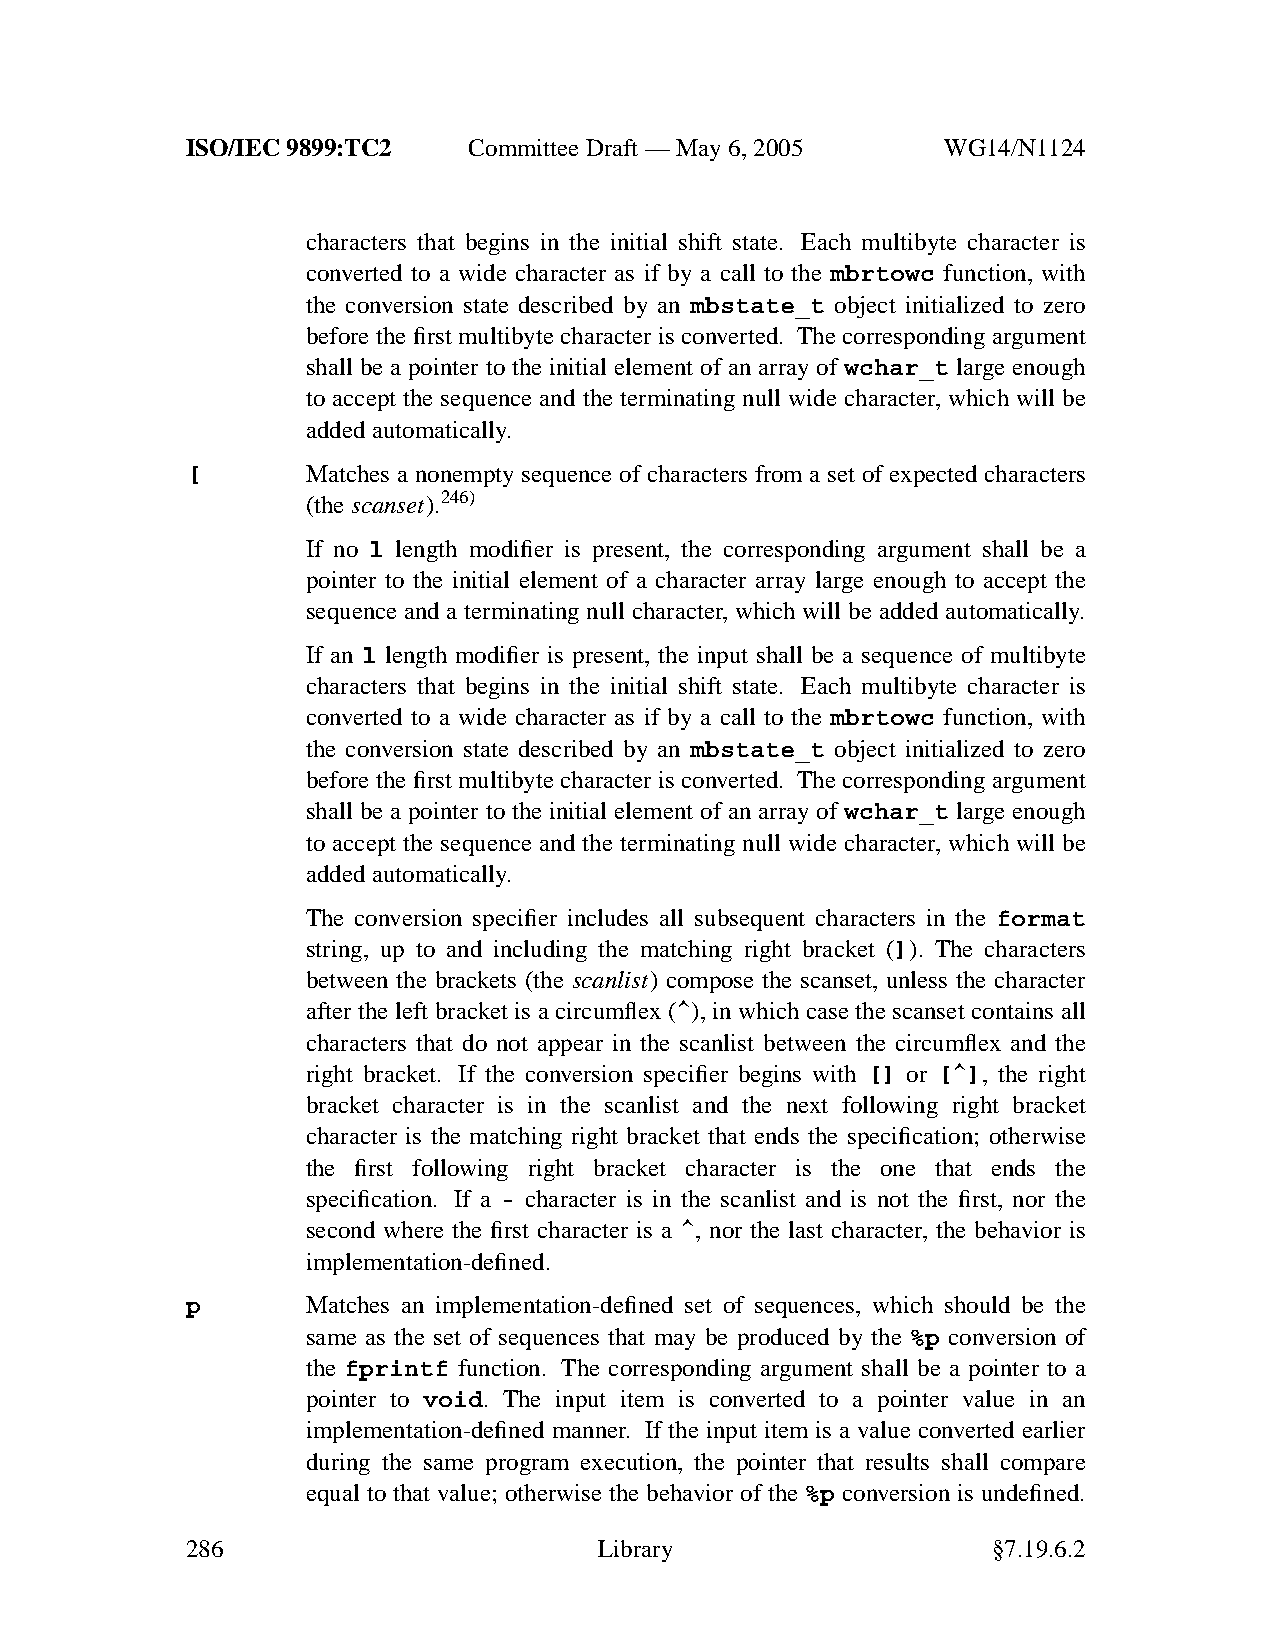
ISO/IEC 9899:TC2   Committee Draft — May 6, 2005   WG14/N1124
 characters that begins in the initial shift state. Each multibyte character is
 converted to a wide character as if by a call to the mbrtowc function, with
 the conversion state described by an mbstate_t object initialized to zero
 before the first multibyte character is converted. The corresponding argument
 shall be a pointer to the initial element of an array of wchar_t large enough
 to accept the sequence and the terminating null wide character, which will be
 added automatically.
 [       Matches a nonempty sequence of characters from a set of expected characters
 (thescanset).246)
 If no l length modifier is present, the corresponding argument shall be a
 pointer to the initial element of a character array large enough to accept the
 sequence and a terminating null character, which will be added automatically.
 If an l length modifier is present, the input shall be a sequence of multibyte
 characters that begins in the initial shift state. Each multibyte character is
 converted to a wide character as if by a call to the mbrtowc function, with
 the conversion state described by an mbstate_t object initialized to zero
 before the first multibyte character is converted. The corresponding argument
 shall be a pointer to the initial element of an array of wchar_t large enough
 to accept the sequence and the terminating null wide character, which will be
 added automatically.
 The conversion specifier includes all subsequent characters in the format
 string, up to and including the matching right bracket (]). The characters
 between the brackets (the scanlist) compose the scanset, unless the character
 after the left bracket is a circumflex (^), in which case the scanset contains all
 characters that do not appear in the scanlist between the circumflex and the
 right bracket. If the conversion specifier begins with [] or [^], the right
 bracket character is in the scanlist and the next following right bracket
 character is the matching right bracket that ends the specification; otherwise
 the first following right bracket character is the one that ends the
 specification. If a - character is in the scanlist and is not the first, nor the
 second where the first character is a ^, nor the last character, the behavior is
 implementation-defined.
 p       Matches an implementation-defined set of sequences, which should be the
 same as the set of sequences that may be produced by the %p conversion of
 the fprintf function. The corresponding argument shall be a pointer to a
 pointer to void. The input item is converted to a pointer value in an
 implementation-defined manner. If the input item is a value converted earlier
 during the same program execution, the pointer that results shall compare
 equal to that value; otherwise the behavior of the %p conversion is undefined.
 286                         Library                   §7.19.6.2